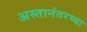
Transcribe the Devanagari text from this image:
अस्तानंतरच्या